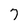
Character: 7